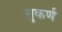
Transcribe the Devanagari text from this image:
सुकर्ण